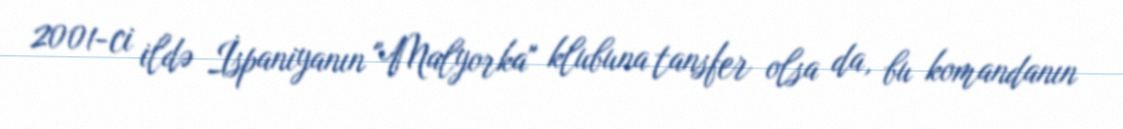
2001-ci ildə İspaniyanın "Malyorka" klubuna tansfer olsa da, bu komandanın